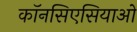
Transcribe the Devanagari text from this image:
कॉनसिएसियाओ